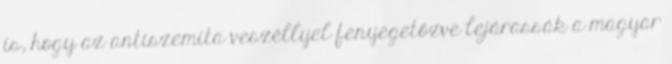
is, hogy az antiszemita veszéllyel fenyegetőzve lejárassák a magyar